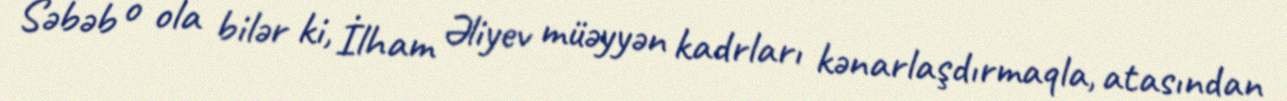
Səbəb o ola bilər ki, İlham Əliyev müəyyən kadrları kənarlaşdırmaqla, atasından